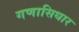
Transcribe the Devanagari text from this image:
गणासिधार